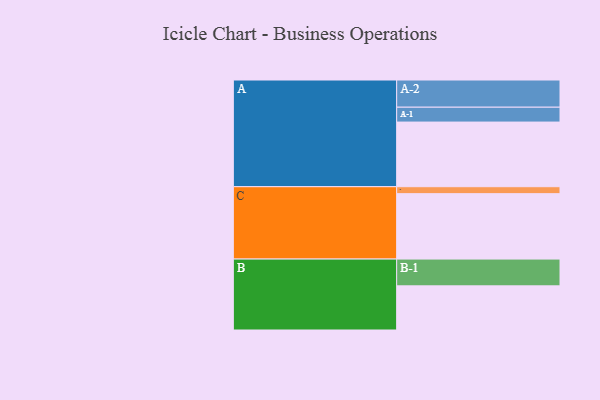
{"axis": {"x": "Segment", "y": "Value"}, "legend": ["", "A", "B", "C"], "data": [{"x": "A", "y": 587, "type": ""}, {"x": "B", "y": 401, "type": ""}, {"x": "C", "y": 594, "type": ""}, {"x": "A-1", "y": 135, "type": "A"}, {"x": "A-2", "y": 247, "type": "A"}, {"x": "B-1", "y": 243, "type": "B"}, {"x": "C-1", "y": 63, "type": "C"}]}